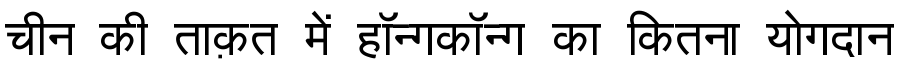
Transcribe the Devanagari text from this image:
चीन की ताक़त में हॉन्गकॉन्ग का कितना योगदान